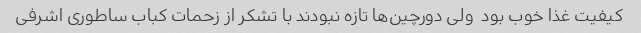
کیفیت غذا خوب بود  ولی دورچین‌ها تازه نبودند با تشکر از زحمات کباب ساطوری اشرفی